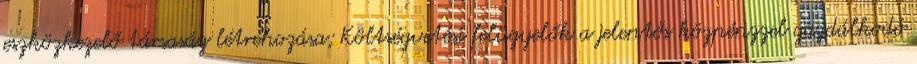
eszközkezelő társaság létrehozása; Költségvetési felügyelők a jelentős közpénzzel gazdálkodó